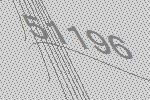
51196